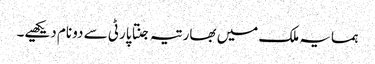
ہمسایہ ملک میں بھارتیہ جنتا پارٹی سے دو نام دیکھیے۔